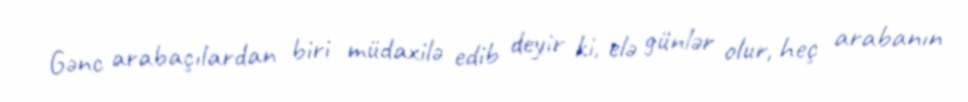
Gənc arabaçılardan biri müdaxilə edib deyir ki, elə günlər olur, heç arabanın